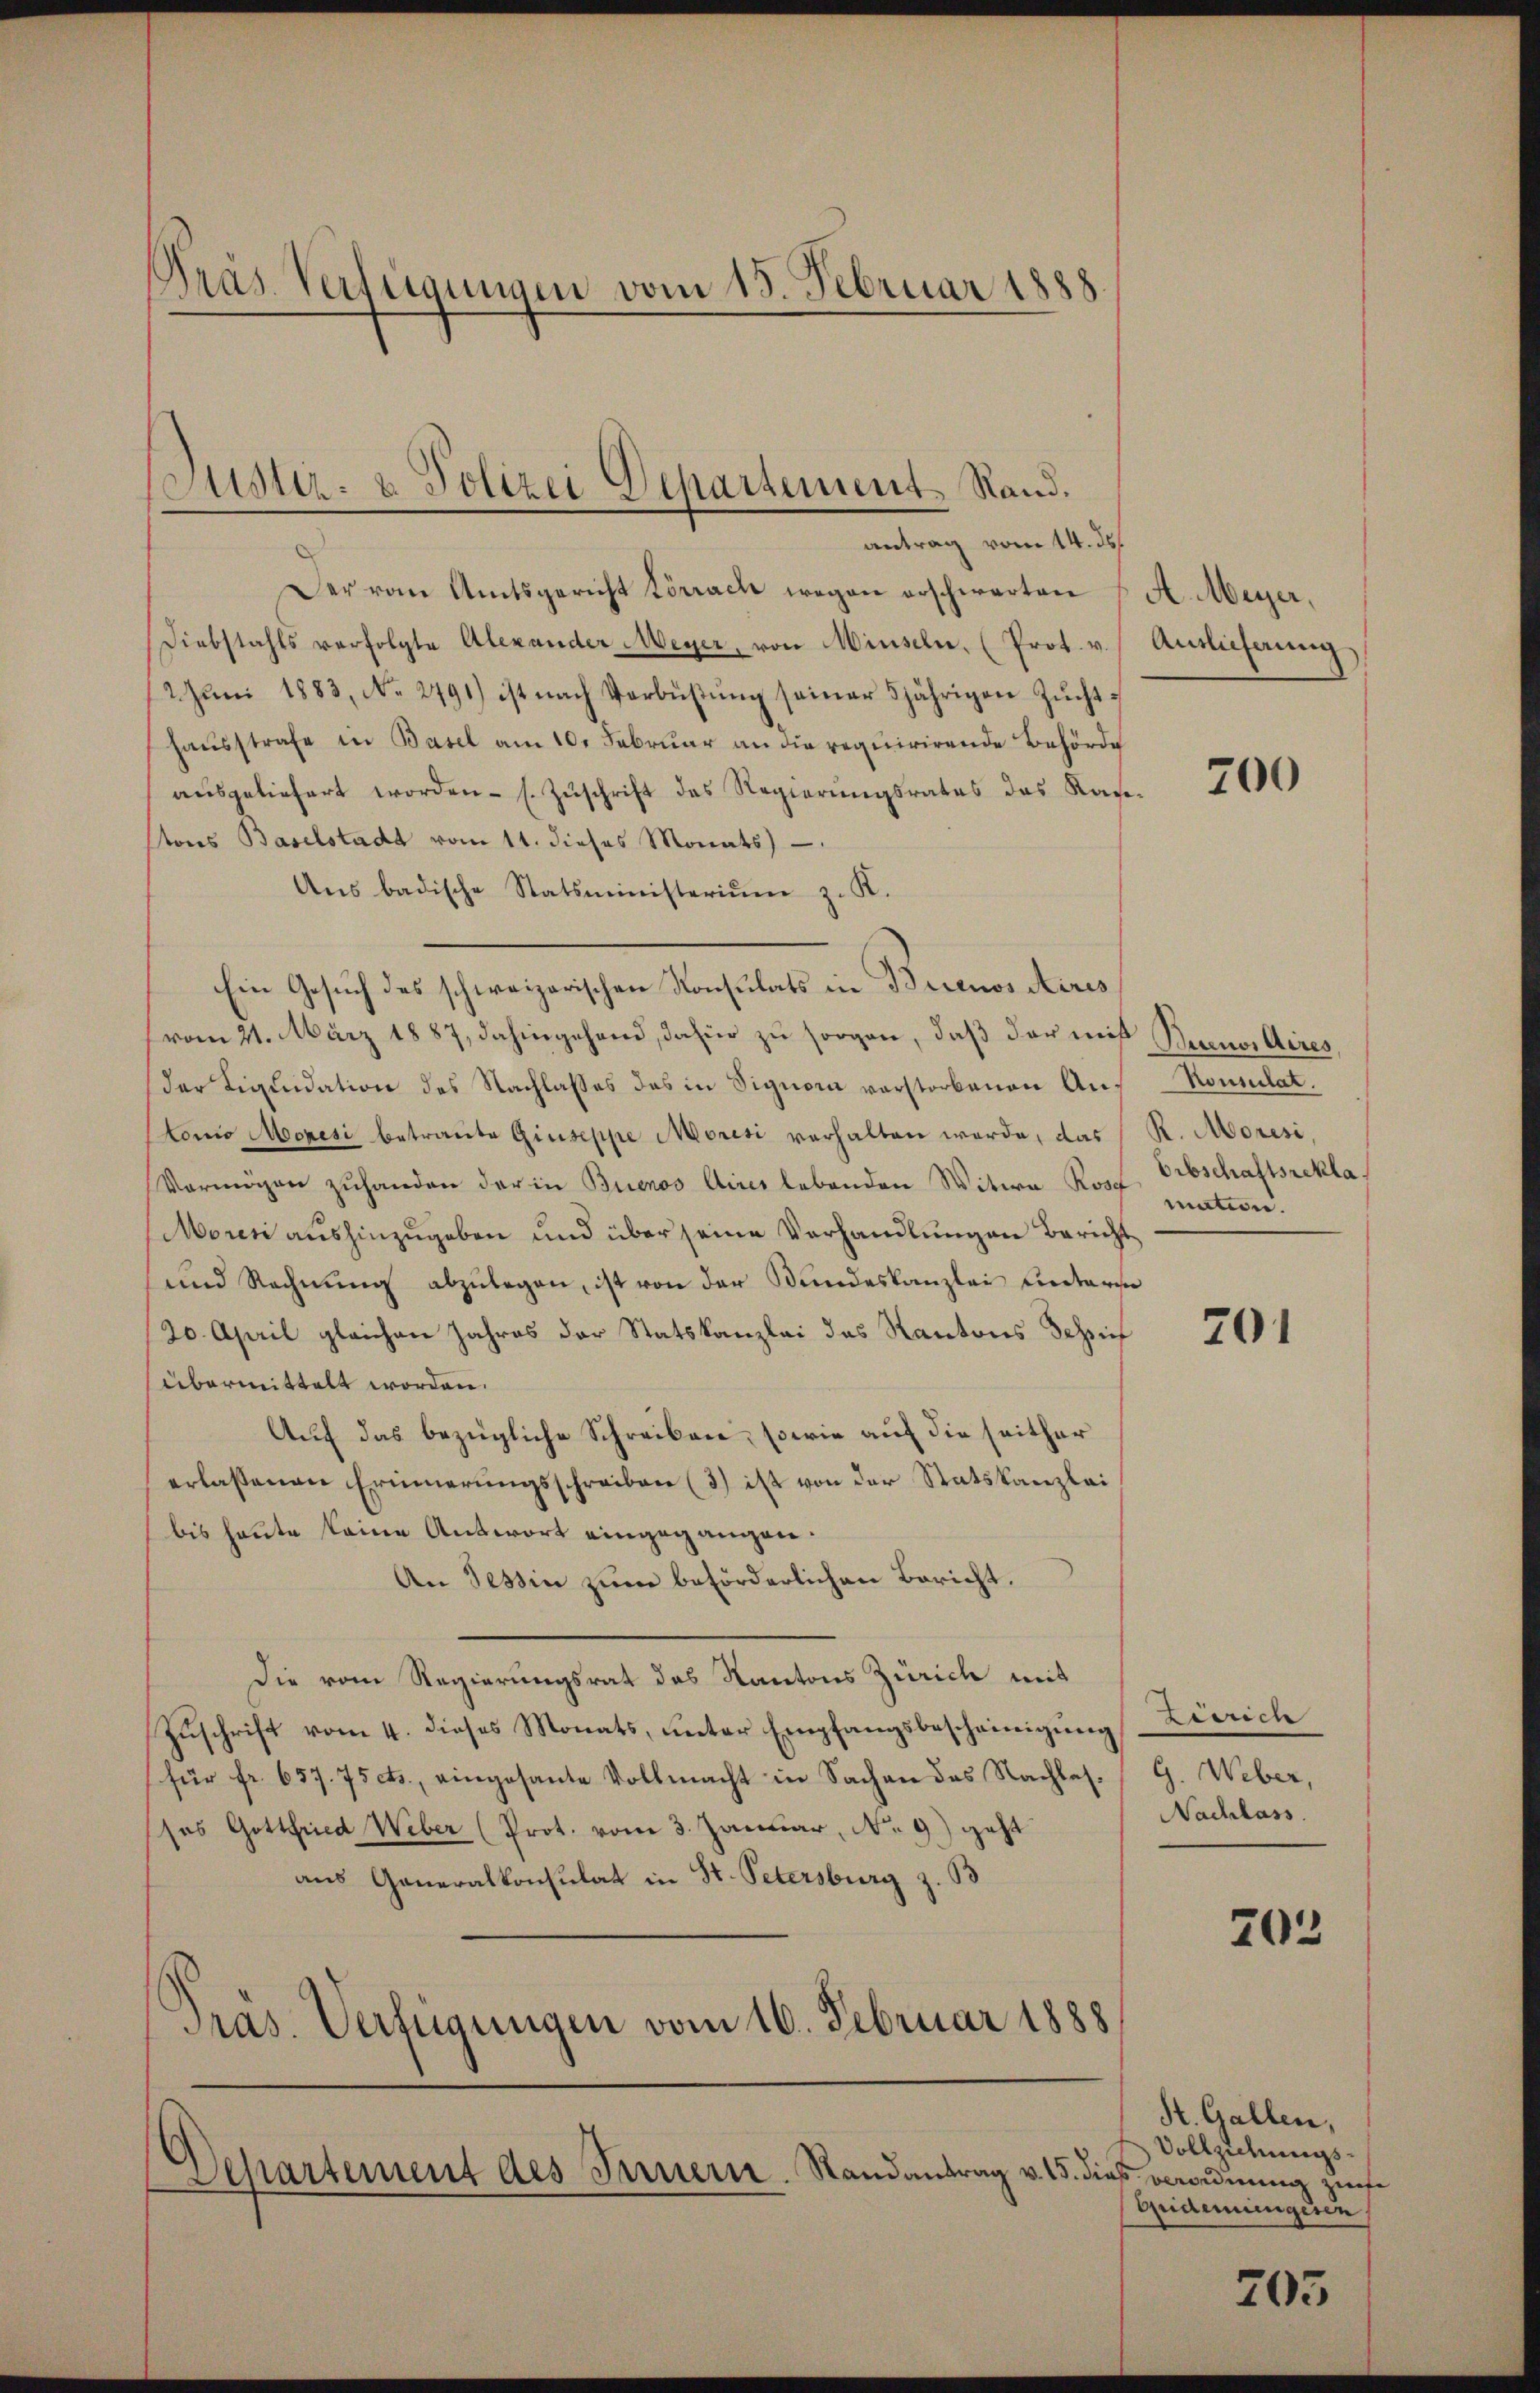
Präs. Verfügungen vom 15. Februar 1888.

Justiz- & Polizei Departement. Stand.
antrag vom 14. ds.

Der vom Amtsgericht Lörrach wegen erschwarten & A. Meyer,
Diebstahls verfolgte Alexander Meyer, von Minseln. (Prot. v. Antlicherung
2Juni 1883, No. 2791) ist nach Verbüstung seiner 5jährigen Zuchthausstrafe in Basel am 10. Februar an die requirirende Behörde
ausgeliefert worden - s. Zuschrift des Regierungsrates das Kastons Baselstadt vom 11. dieses Monats
Ans badische Statsministeriŭm z. K.
Ein Gesuch des schweizerischen Konsulats in Brienos Aires
vom 21. März 1887, dahingehend, dafür zu sorgen, daß der mit Bernos Aires,
der Liquidation des Nachlasses das in Signon verstorbenen Aus Konsulat.
tonio Moopesi betraute Giuseppe Morisi verhalten werde, das R. Moresi,
Vermögen zŭ handen der in Buenos Aires lebenden Witwe Rost, Erbschaftsrekla
Moresi aushinzugeben und über seine Verhandlungen Bericht
und Rechnung abzulegen, ist von der Bundeskanzlei unters
20. April gleichen Jahres der Statskanzlei das Kantons Schrif
übermittelt worden.
Auf das bezügliche Schreiben, sowie auf die seither
erlassenen Erinnerungsschreiben (3.) ist von der Statskanzlei
bis heute keine Antwort eingegangen:
An Tessin zum beförderlichen Bericht.
Die vom Regierungsrat das Kantons Zürich mit
Zuschrift vom 4. dieses Monats, unter Empfangsbescheinigung
für fr. 657. 75 cts., eingesante Vollmacht in Sachen des Nachtes. (G. Weber,
ses Gottfried Weber (Prot. vom 3. Januar, No. 9) geht
aus Generalkonsulat in St. Petersburg z. B
Präs. Verfügungen vom 16. Februar 1888

Departement des Innern. Randantrag v. 15. dies verordnung zufe

700

mation.

201

Zisrich
Nachlass.

703

St. Gallen,
Vollziehungs¬
Epidemingesen

705